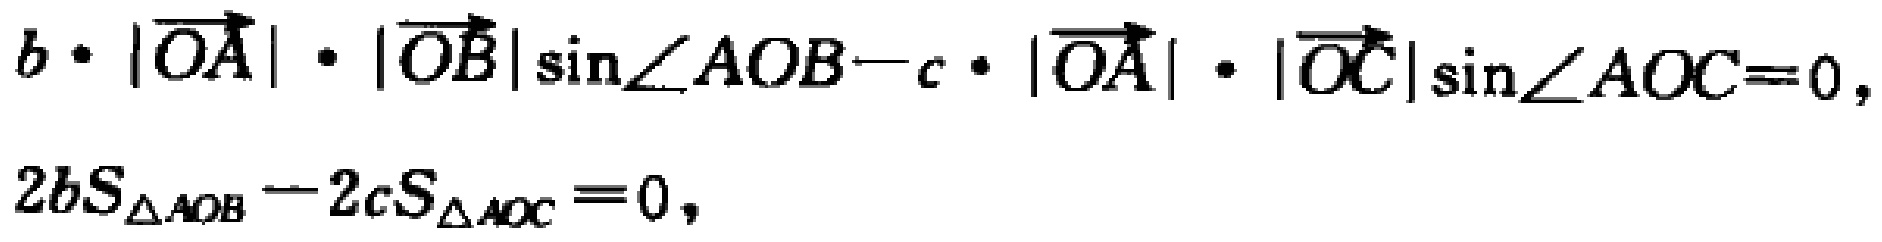
\[

b\cdot|\overrightarrow{OA}|\cdot|\overrightarrow{OB}|\sin\angle AOB - c\cdot|\overrightarrow{OA}|\cdot|\overrightarrow{OC}|\sin\angle AOC = 0,

\]

\[

2bS_{\triangle AOB}-2cS_{\triangle AOC}=0,

\]